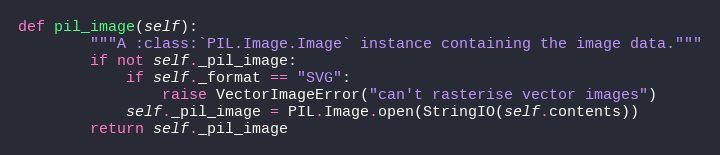
Language: Python
def pil_image(self):
        """A :class:`PIL.Image.Image` instance containing the image data."""
        if not self._pil_image:
            if self._format == "SVG":
                raise VectorImageError("can't rasterise vector images")
            self._pil_image = PIL.Image.open(StringIO(self.contents))
        return self._pil_image